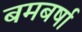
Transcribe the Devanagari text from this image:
बमबर्षा